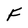
Character: F